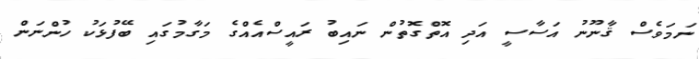
ނަމަވެސް ޤާނޫނު އަސާސީ އަދި އޮތްގޮތުން ނައިބު ރައީސްއެއްގެ މަގާމުގައި ބޭފުޅަކު ހުންނަން